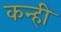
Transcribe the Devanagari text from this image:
कन्ही